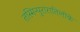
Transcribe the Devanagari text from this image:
तस्मिन्पुरारातिलोके